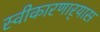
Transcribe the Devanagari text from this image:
स्वीकारणार्‍यास